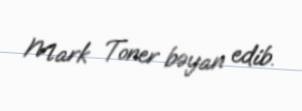
Mark Toner bəyan edib.